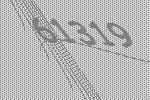
61319